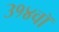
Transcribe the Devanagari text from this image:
३१४वॉ